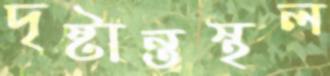
দৃষ্টান্তস্থল